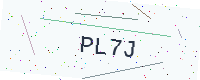
Text: PL7J